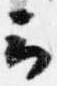
云